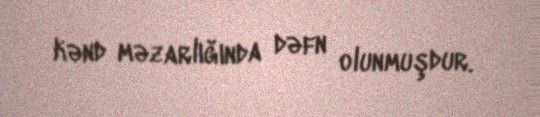
kənd məzarlığında dəfn olunmuşdur.